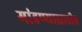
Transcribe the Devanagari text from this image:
मांडण्यासाठीच